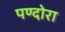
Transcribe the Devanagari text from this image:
पण्दोरा